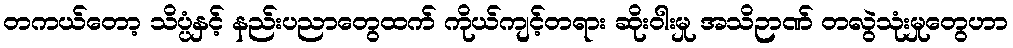
တကယ်တော့ သိပ္ပံနှင့် နည်းပညာတွေထက် ကိုယ်ကျင့်တရား ဆိုးဝါးမှု အသိဉာဏ် တလွဲသုံးမှုတွေဟာ